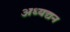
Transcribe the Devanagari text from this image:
अध्यद्यन